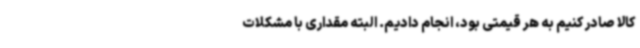
کالا صادر کنیم به هر قیمتی بود، انجام دادیم. البته مقداری با مشکلات